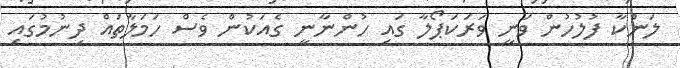
ލަންކާ ފުލުހުން ވަނީ ވަރަކަޕޯލާ ގައި ހުންނާނީ ގެއަކުން ވެސް ހަމަލާތައް ދިނުމުގައި